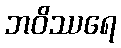
ဘဝိဿရေ